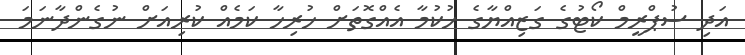
އަދި ސުޕްރީމް ކޯޓުގެ ގަޒިއްޔާގެ ހުކުމާ އެއްގޮތަށް ހުރިހާ ކަމެއް ކުރިއަށް ނުގެންދާނަމަ